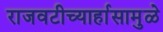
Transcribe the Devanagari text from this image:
राजवटीच्यार्हासामुळे